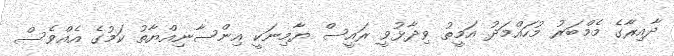
ދާއިރާގެ މެމްބަރު މުހައްމަދު އަމީތު ވިދާޅުވީ ރައީސް ޔާމިނަކީ އިންސާނިއްޔާތު ކަމުގެ އެއްވެސް